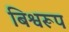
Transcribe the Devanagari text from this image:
बिश्वरूप